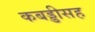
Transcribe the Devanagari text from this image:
कबड्डीसह